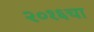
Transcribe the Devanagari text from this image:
२०१६चा